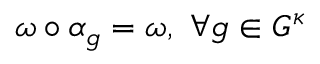
\omega \circ \alpha _ { g } = \omega , \ \forall g \in G ^ { \kappa }